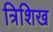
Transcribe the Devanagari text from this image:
त्रिशिख